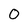
Character: 0